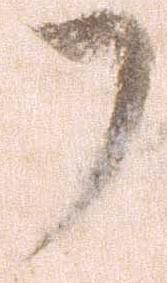
了